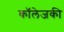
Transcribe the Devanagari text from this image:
कॉलेजकी